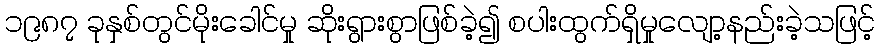
၁၉၈၇ ခုနှစ်တွင်မိုးခေါင်မှု ဆိုးရွားစွာဖြစ်ခဲ့၍ စပါးထွက်ရှိမှုလျော့နည်းခဲ့သဖြင့်